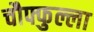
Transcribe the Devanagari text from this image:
चौफ्फुल्ला